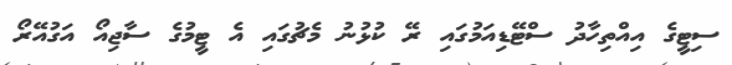
ސިޓީގެ އިއްތިހާދު ސްޓޭޑިއަމުގައި ރޭ ކުޅުނު މެޗުގައި އެ ޓީމުގެ ސާޖިއޯ އަގުއޭރޯ